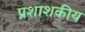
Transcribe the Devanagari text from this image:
प्रशाशकीय